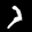
Label: 7